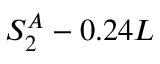
S _ { 2 } ^ { A } - 0 . 2 4 L